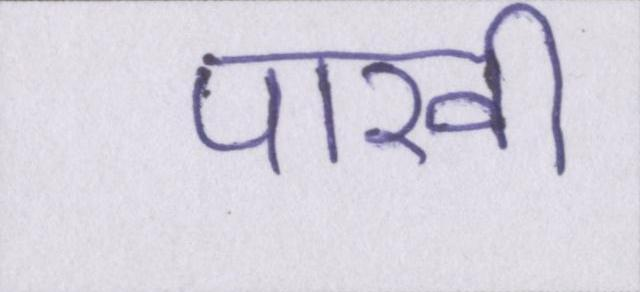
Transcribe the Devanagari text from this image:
पाखी